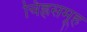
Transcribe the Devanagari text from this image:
चिह्नसमूह